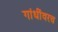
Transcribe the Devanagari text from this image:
गांधींवरच